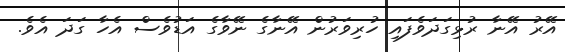
އޭރު އޭނާ ރުޅިގަދަވެފައި ހުރިވަރުން އޭނާގެ ނޭވާގެ އަޑުވެސް އެހާ ގަދަ އެވެ.